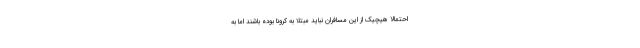
احتمالا هیچیک از این مسافران نباید مبتلا به کرونا بوده باشند اما به